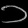
Digit: ၁